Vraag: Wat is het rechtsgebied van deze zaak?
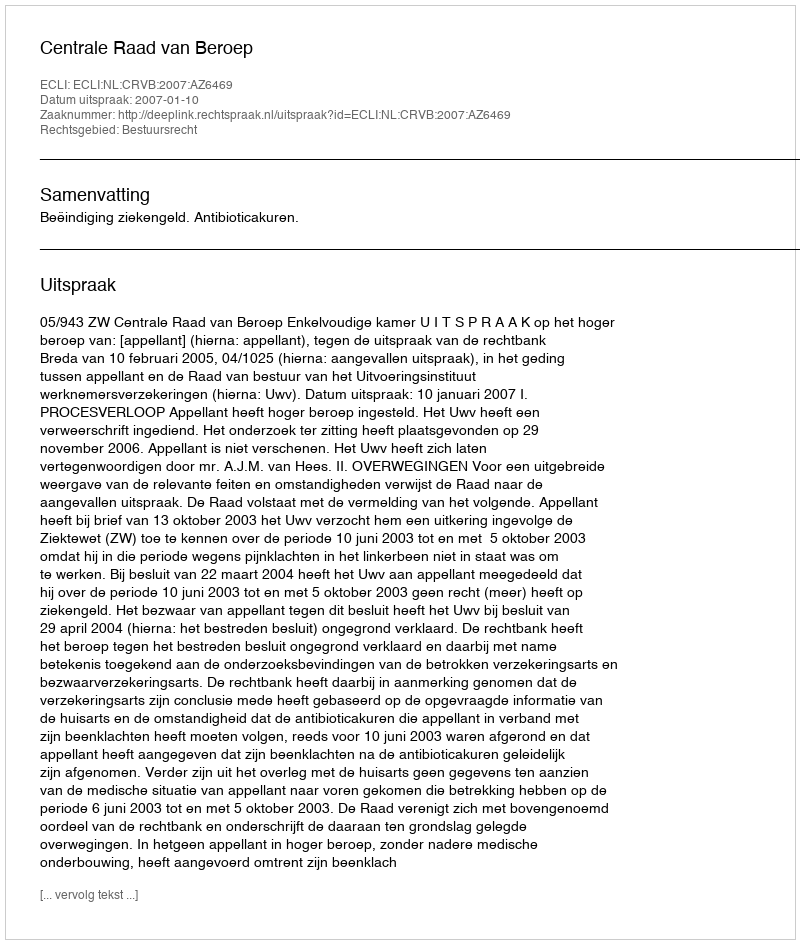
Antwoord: Bestuursrecht